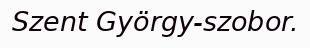
Szent György-szobor.